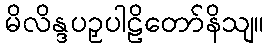
မိလိန္ဒပဉှပါဠိတော်နိသျ။